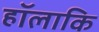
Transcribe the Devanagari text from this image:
हॉलाकि